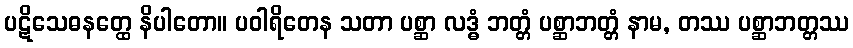
ပဋိသေဓနတ္ထေ နိပါတော။ ပဝါရိတေန သတာ ပစ္ဆာ လဒ္ဓံ ဘတ္တံ ပစ္ဆာဘတ္တံ နာမ, တဿ ပစ္ဆာဘတ္တဿ